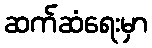
ဆက်ဆံရေးမှာ